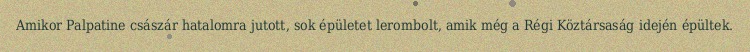
Amikor Palpatine császár hatalomra jutott, sok épületet lerombolt, amik még a Régi Köztársaság idején épültek.